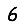
Digit: 6